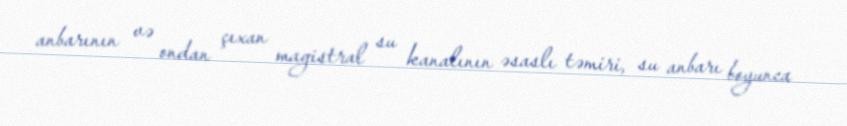
anbarının və ondan çıxan magistral su kanalının əsaslı təmiri, su anbarı boyunca